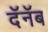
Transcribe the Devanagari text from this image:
दॅनॅब